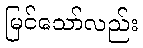
မြင်သော်လည်း